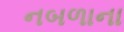
નબળાના